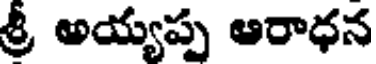
శ్రీ అయ్యప్ప ఆరాధన